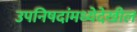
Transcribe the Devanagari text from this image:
उपनिषदांमध्येदेखील